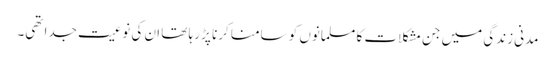
مدنی زندگی میں جن مشکلات کا مسلمانوں کو سامنا کرنا پڑ رہا تھا ان کی نوعیت جدا تھی۔